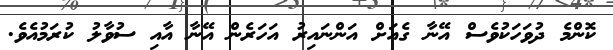
ކޮންމެ ދުވަހަކުވެސް އޭނާ ގެއަށް އަންނައިރު އަހަރެން އޭނާ އާއި ސުވާލު ކުރަމުއެވެ.